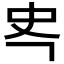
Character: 𭆾